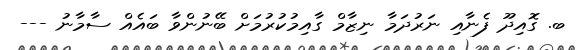
ބ. ގޮއިދޫ ފެނާއި ނަރުދަމާ ނިޒާމް ގާއިމުކުރުމަށް ބޭނުންވާ ބައެއް ސާމާނު ---